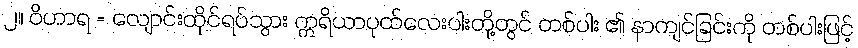
၂။ ဝိဟာရ = လျောင်းထိုင်ရပ်သွား ဣရိယာပုထ်လေးပါးတို့တွင် တစ်ပါး ၏ နာကျင်ခြင်းကို တစ်ပါးဖြင့်